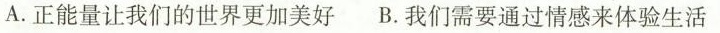
A.正能量让我们的世界更加美好 B.我们需要通过情感来体验生活